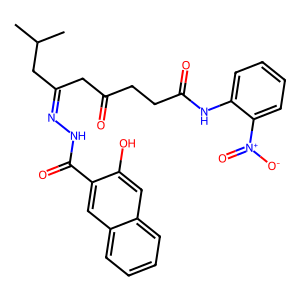
SMILES: CC(C)CC(CC(=O)CCC(=O)Nc1ccccc1[N+](=O)[O-])=NNC(=O)c1cc2ccccc2cc1O
Inhibits HIV replication: No